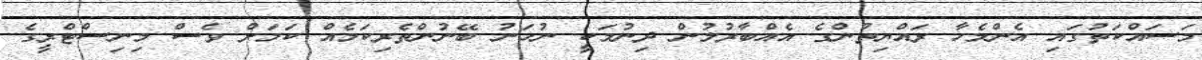
މަސައްކަތުގައި އެންމެހާ ރައްޔިތުންގެ އެއްބާރުލުން ދިނުމަކީ ނުހަނު ބޭނުންތެރިކަމެއް ކަމަށް ވެސް މިނިސްޓްރީގެ